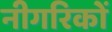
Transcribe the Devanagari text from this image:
नीगरिकों